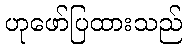
ဟုဖော်ပြထားသည်